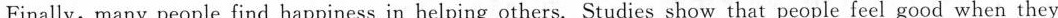
Finally, many people find happiness in helping others, Studies show that people feelgood when they